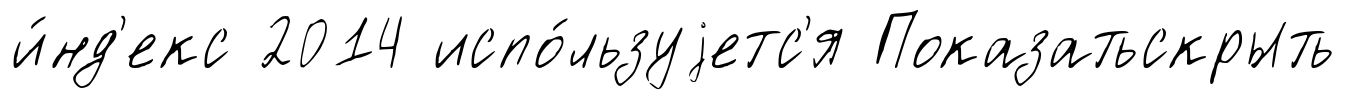
и́нд'екс 2014 испо́льзуjетс'я Показатьскрыть